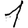
Digit: 1